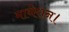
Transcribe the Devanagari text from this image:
माथेरान।